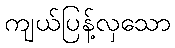
ကျယ်ပြန့်လှသော